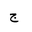
Letter: _gim